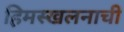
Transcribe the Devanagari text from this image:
हिमस्खलनाची